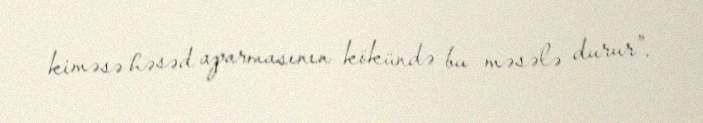
kiməsə həsəd aparmasının kökündə bu məsələ durur”.